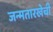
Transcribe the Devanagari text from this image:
जन्मतारखेची